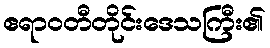
ဧရာဝတီတိုင်းဒေသကြီး၏